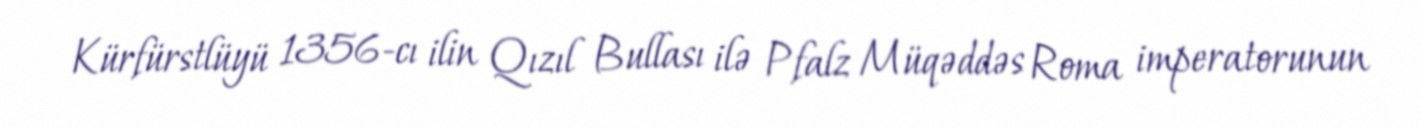
Kürfürstlüyü 1356-cı ilin Qızıl Bullası ilə Pfalz Müqəddəs Roma imperatorunun